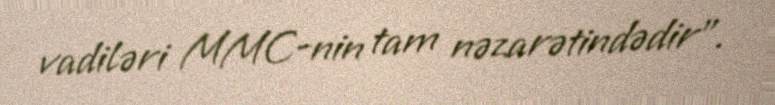
vadiləri MMC-nin tam nəzarətindədir”.